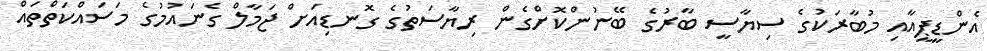
އެންޑީޕީއާއި މުބާރަކުގެ ސިޔާސީ ބާރުގެ ބޭނުންކޮށްގެން ރިޔާސަތުގެ ގޮނޑިއަށް ޖަމާލް ގެނައުމުގެ މަސައްކަތްތައް